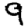
Digit: 9